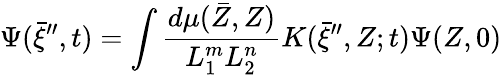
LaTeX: \Psi(\bar{\xi}^{\prime\prime},t)=\int\frac{d\mu(\bar{Z},Z)}{L_{1}^{m}L_{2}^{n}}K(\bar{\xi}^{\prime\prime},Z;t)\Psi(Z,0)